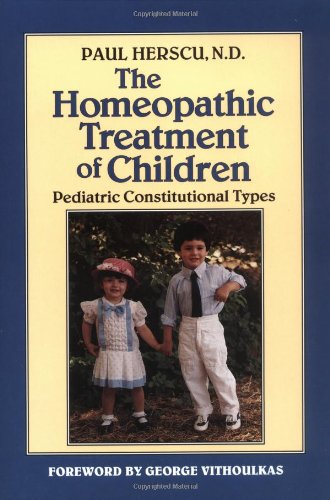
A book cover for The Homeopathic Treatment of Children: Pediatric Constitutional Types; Paul Herscu N.D.; Health, Fitness & Dieting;